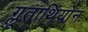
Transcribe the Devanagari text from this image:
ग्लूताथियोन